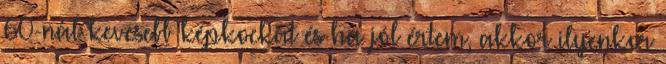
60-nál kevesebb képkockát és ha jól értem, akkor ilyenkor